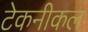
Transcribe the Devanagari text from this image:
टेकनीकल